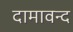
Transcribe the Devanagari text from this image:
दामावन्द